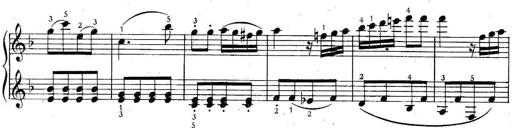
Title: 6 Easy Sonatinas
Composer: Carl Czerny